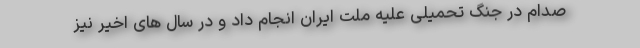
صدام در جنگ تحمیلی علیه ملت ایران انجام داد و در سال های اخیر نیز